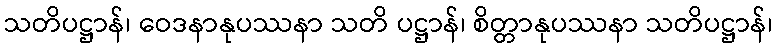
သတိပဋ္ဌာန်၊ ဝေဒနာနုပဿနာ သတိ ပဋ္ဌာန်၊ စိတ္တာနုပဿနာ သတိပဋ္ဌာန်၊